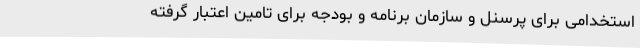
استخدامی برای پرسنل و سازمان برنامه و بودجه برای تامین اعتبار گرفته